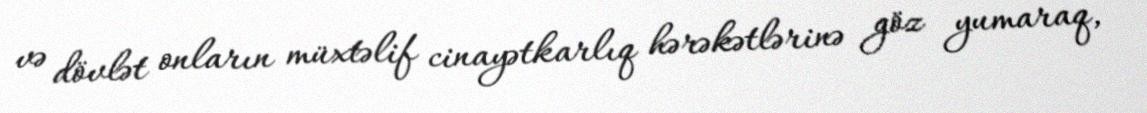
və dövlət onların müxtəlif cinayətkarlıq hərəkətlərinə göz yumaraq,